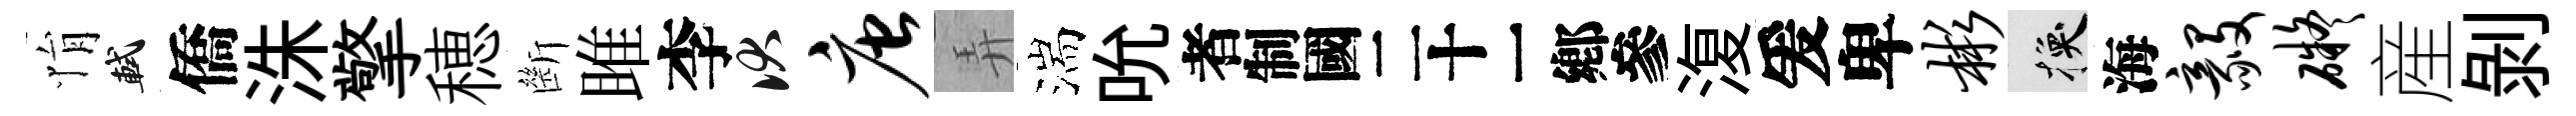
悁軾僑洙擎穂㫁雎李伏唐弄湍吮识𣸪爰卑彬换海毅碍産剥